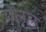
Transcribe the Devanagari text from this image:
पेललं